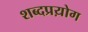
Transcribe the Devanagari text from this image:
शब्दप्रय़ोग